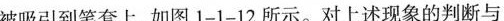
被吸引到笔套上，如图1-1-12所示。对上述现象的判断与